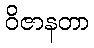
ဝိဇာနတာ